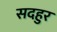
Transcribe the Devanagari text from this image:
सदहुर